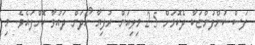
ފަސް ކުންފުންޏަކާ ދެކޮޅަށް 2.5 މިލިއަން ރުފިޔާ ހޯދަން ދައުވާ ކޮށްފައެވެ. މި